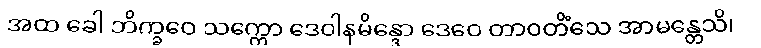
အထ ခေါ ဘိက္ခဝေ သက္ကော ဒေဝါနမိန္ဒော ဒေဝေ တာဝတိံသေ အာမန္တေသိ၊